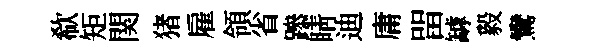
欷矩関猪雇領省𨅶睛迪庸㽞罅毅鸞